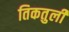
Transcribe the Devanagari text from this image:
तिकतुली